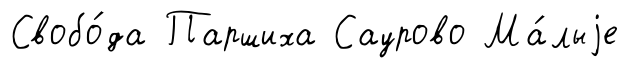
Свобо́да Паршиха Саурово Ма́лыjе